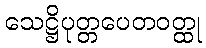
သေဋ္ဌိပုတ္တပေတဝတ္ထု